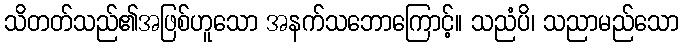
သိတတ်သည်၏အဖြစ်ဟူသော အနက်သဘောကြောင့်။ သညံပိ၊ သညာမည်သော